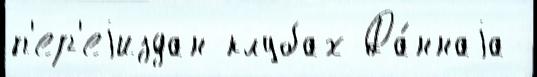
п'ер'еjиздан клубах Да́ннаjа